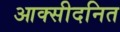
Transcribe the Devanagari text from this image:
आक्सीदनित